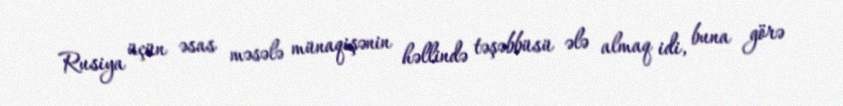
Rusiya üçün əsas məsələ münaqişənin həllində təşəbbüsü ələ almaq idi, buna görə